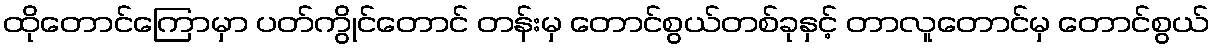
ထိုတောင်ကြောမှာ ပတ်ကွိုင်တောင် တန်းမှ တောင်စွယ်တစ်ခုနှင့် တာလူတောင်မှ တောင်စွယ်